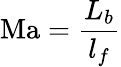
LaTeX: \mathrm{Ma}={\frac{L_{b}}{l_{f}}}